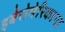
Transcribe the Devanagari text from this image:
इबेरोमेरिकाना